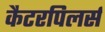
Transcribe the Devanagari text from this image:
कैटरपिलर्स